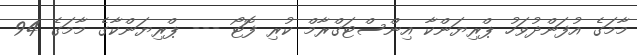
މާމަގެ އުފަންދުވަހު ޕްރިޔަންކާ އިންސްޓަގްރާމް ކުރި ފޮޓޯ --- ޕްރިޔަންކާގެ މާމަގެ 94